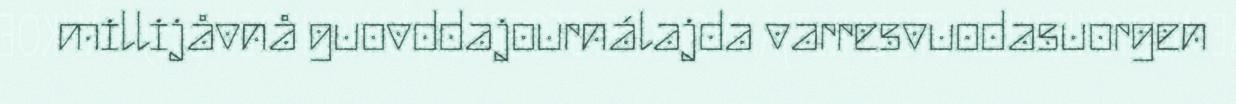
millijåvnå guovddajournálajda varresvuodasuorgen